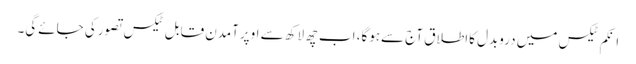
انکم ٹیکس میں دروبدل کااطلاق آج سےہوگا، اب چھ لاکھ سے اوپرآمدن قابل ٹیکس تصورکی جائےگی۔